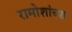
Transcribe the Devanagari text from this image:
रामोशांच्या